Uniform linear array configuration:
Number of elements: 24
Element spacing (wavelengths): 1
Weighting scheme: blackman
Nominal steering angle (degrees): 45
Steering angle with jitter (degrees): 43.274
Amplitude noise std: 0.05
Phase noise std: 0.05

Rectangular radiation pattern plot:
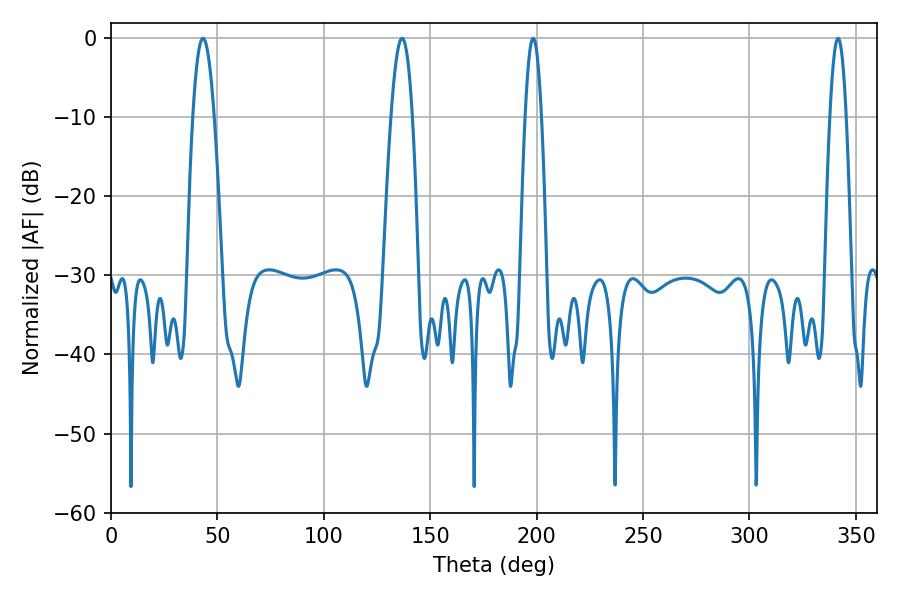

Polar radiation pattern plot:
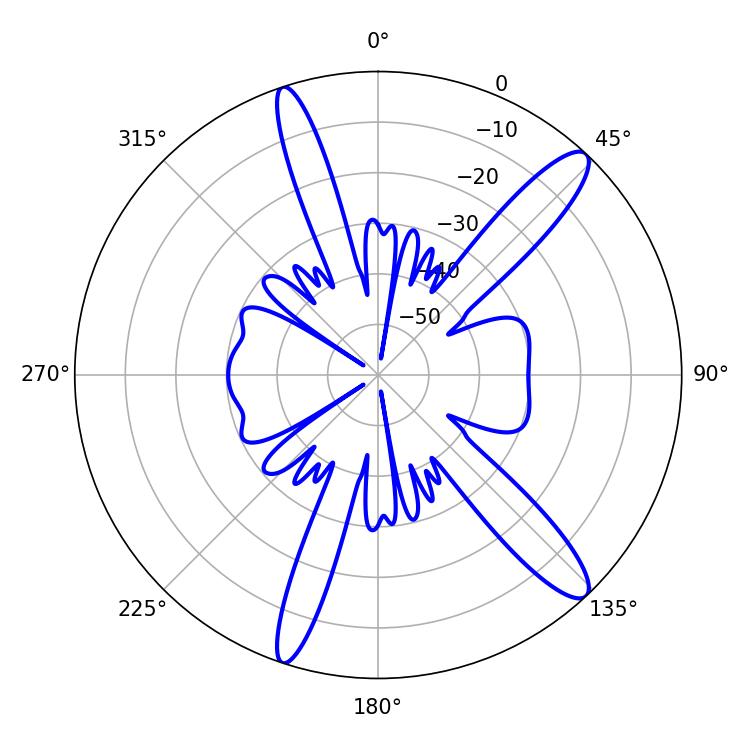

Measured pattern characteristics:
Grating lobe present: TRUE
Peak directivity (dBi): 13.347
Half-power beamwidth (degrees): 4.14
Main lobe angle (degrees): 198.36